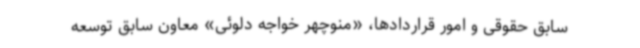
سابق حقوقی و امور قراردادها، «منوچهر خواجه دلوئی» معاون سابق توسعه